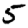
Digit: 5